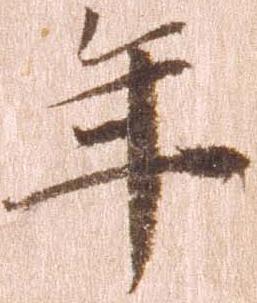
年